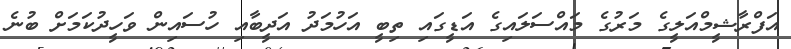
އަފްރާޝީމްއަލީގެ މަރުގެ މައްސަަލައިގެ އަޑީގައި ތިބީ އަހުމަދު އަދީބާއި ހުސައިން ވަހީދުކަމަށް ބުނެ